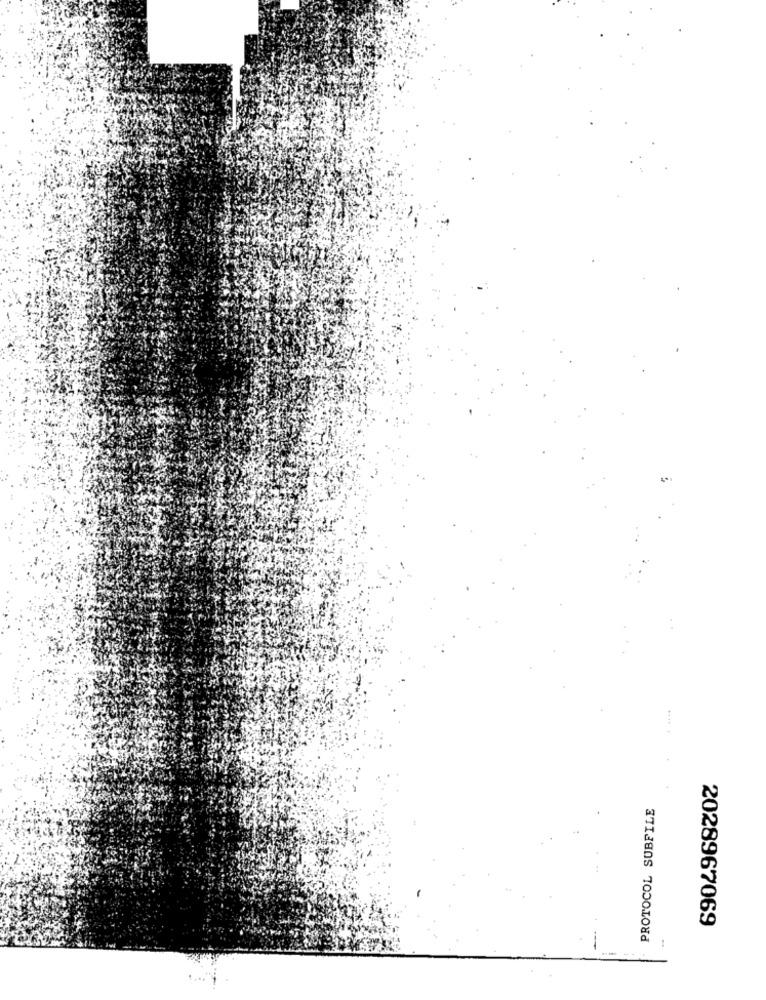
PROTOCOL SUBFILE
2028967069